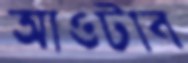
আওটাব